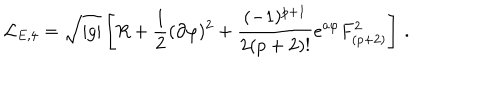
{ \cal L } _ { E , 4 } = \sqrt { | g | } \left[ R + { \frac { 1 } { 2 } } ( \partial \varphi ) ^ { 2 } + { \frac { ( - 1 ) ^ { p + 1 } } { 2 ( p + 2 ) ! } } e ^ { a \varphi } F _ { ( p + 2 ) } ^ { 2 } \right] \, .